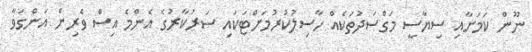
ނޫން ކަމަށާއި ސިޔާސީ މަގްސަދުތަކެއް ހާސިލުކުރުމަށްޓަކައި ސަރުކާރުގެ އެންމެ އިސް ވެރިން އަންގަވާ